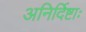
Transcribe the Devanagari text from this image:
अनिर्दिष्टाः